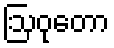
ဩဝုတော